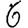
Digit: 6